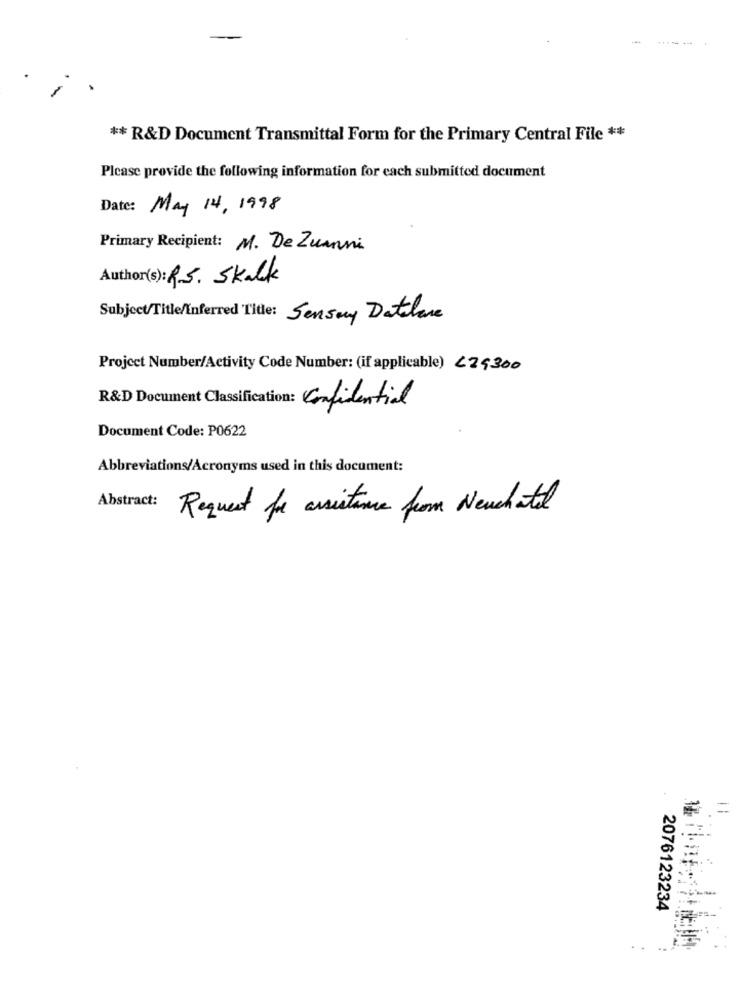
** R&D Document Transmittal Form for the Primary Central File **
Please provide the following information for each submitted document
Date: May 14,1998
Primary Recipient: M. De Zuanni
Author(s): RS. Skalk
Subject/Title/Inferred Title: Sensory Datelane
Project Number/Activity Code Number: (if applicable) 229300
R&D Document Classification: Confidential
Document Code: P0622
Abbreviations/Acronyms used in this document:
Abstract:
Request for assistance from Neuchatel
= .=
2076123234